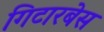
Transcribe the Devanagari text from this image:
गिटारबेस